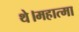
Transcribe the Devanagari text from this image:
थे।महात्मा